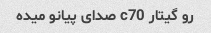
رو گیتار c70 صدای پیانو میده